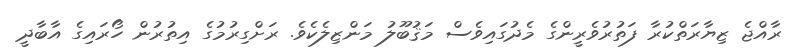
ރާއްޖެ ޒިޔާރަތްކުރާ ފަތުރުވެރީންގެ މެދުގައިވެސް މަޤުބޫލު މަންޒިލެކެވެ. ރަށްގިރުމުގެ އިތުރުން ހޯރައިގެ އާބާދީ